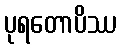
ပုရတောပိဿ